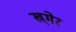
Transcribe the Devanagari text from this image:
ख्‌मेर